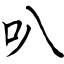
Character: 叭